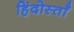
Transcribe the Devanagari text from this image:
हिंदोस्ताँ